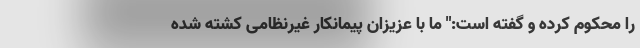
را محکوم کرده و گفته است:" ما با عزیزان پیمانکار غیرنظامی کشته شده